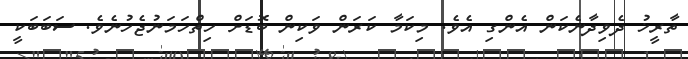
ތާރީޚު ދެވިދާނެކަން އެންގި އެވެ. މިކަމާ ކަރަން ވަކިން ބޮޑަށް ހިތްހަމަނުޖެހުނެވެ. ސަބަބަކީ